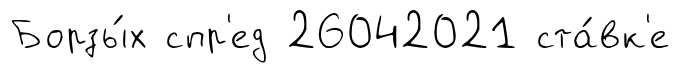
Борзы́х спр'ед 26042021 ста́вк'е